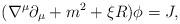
LaTeX: \begin{align*} (\nabla^{\mu}\partial_{\mu}+m^2 +\xi R)\phi=J ,\end{align*}